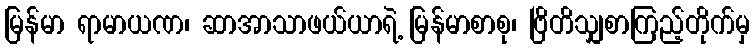
မြန်မာ ရာမာယဏ၊ ဆာအာသာဖယ်ယာရဲ့ မြန်မာစာစု၊ ဗြိတိသျှစာကြည့်တိုက်မှ